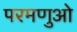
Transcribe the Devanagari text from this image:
परमणुओ